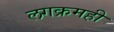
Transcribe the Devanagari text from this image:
लगक्रमही